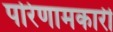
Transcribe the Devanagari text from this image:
परिणामकारी